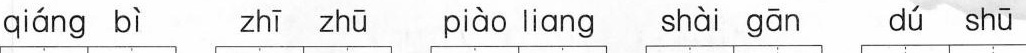
qiáng bì zhī zhū piào liang shài gān dú shū